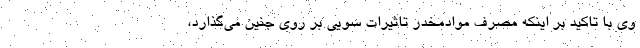
وی با تاکید بر اینکه مصرف موادمخدر تاثیرات سویی بر روی جنین می‌گذارد،